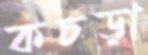
কচড়া